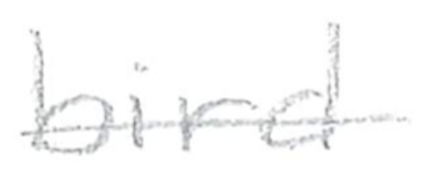
Text: bird
Cross-out: single-line
Writing tool: pencil